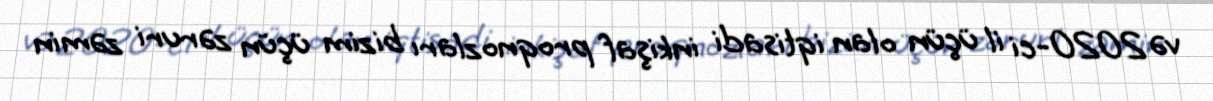
və 2020-ci il üçün olan iqtisadi inkişaf proqnozları bizim üçün zəruri zəmin